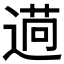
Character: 𦳖